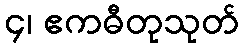
၄၊ ဧကဓီတုသုတ်